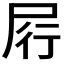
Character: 𰍶